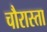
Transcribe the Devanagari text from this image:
चौरास्ता